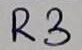
Text: R3